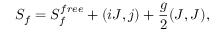
S _ { f } = S _ { f } ^ { f r e e } + ( i { \cal J } , j ) + { \frac { g } { 2 } } ( { \cal J } , { \cal J } ) ,